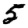
Digit: 5